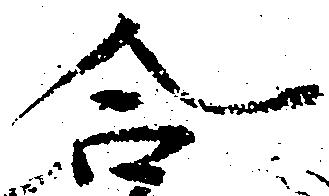
合